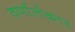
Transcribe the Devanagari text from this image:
वर्णालंकार